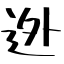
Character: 迯